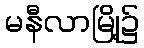
မနီလာမြို့၌